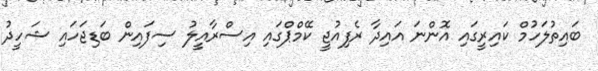
ބައިތުލަހުމް ކައިރީގައި އޮންނަ އައިދާ ރެފިއުޖީ ކޭމްޕްގައި އިސްރާއީލު ސިފައިން ބަޑިޖަހައި ޝަހީދު